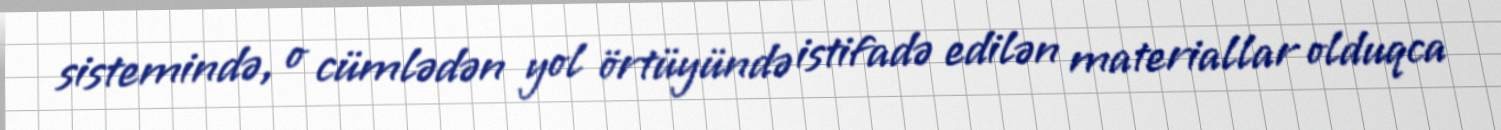
sistemində, o cümlədən yol örtüyündə istifadə edilən materiallar olduqca